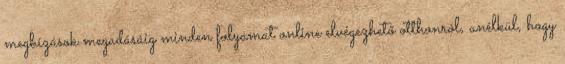
megbízások megadásáig minden folyamat online elvégezhető otthonról, anélkül, hogy